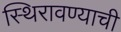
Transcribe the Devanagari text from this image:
स्थिरावण्याची